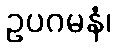
ဥပဂမနံ၊